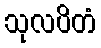
သုလပိတံ